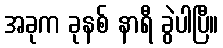
အခုက ခုနစ် နာရီ ခွဲပါပြီ။